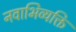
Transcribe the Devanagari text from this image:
नवाभिव्यक्ति